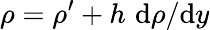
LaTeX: \rho=\rho^{\prime}+h\, \, \mathrm{d}\rho/\mathrm{d}y